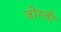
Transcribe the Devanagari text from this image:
जोरती